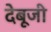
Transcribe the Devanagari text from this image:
देबूजी